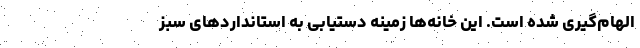
الهام‌گیری شده است. این خانه‌ها زمینه دستیابی به استانداردهای سبز